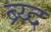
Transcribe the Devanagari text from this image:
ब्र्य्द